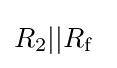
R_{2}||R_{\mathrm {f} }\